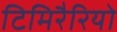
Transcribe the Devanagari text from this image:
टिमिरैरियो